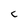
Character: c